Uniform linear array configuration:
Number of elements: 48
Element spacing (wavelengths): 0.5
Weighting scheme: uniform
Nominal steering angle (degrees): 0
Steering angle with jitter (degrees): -0.7885
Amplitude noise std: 0.05
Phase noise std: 0.05

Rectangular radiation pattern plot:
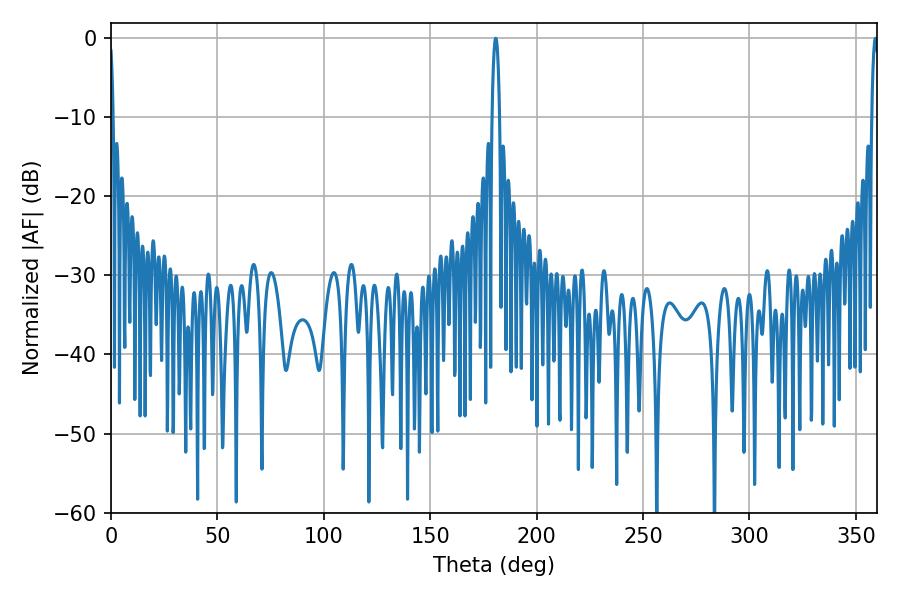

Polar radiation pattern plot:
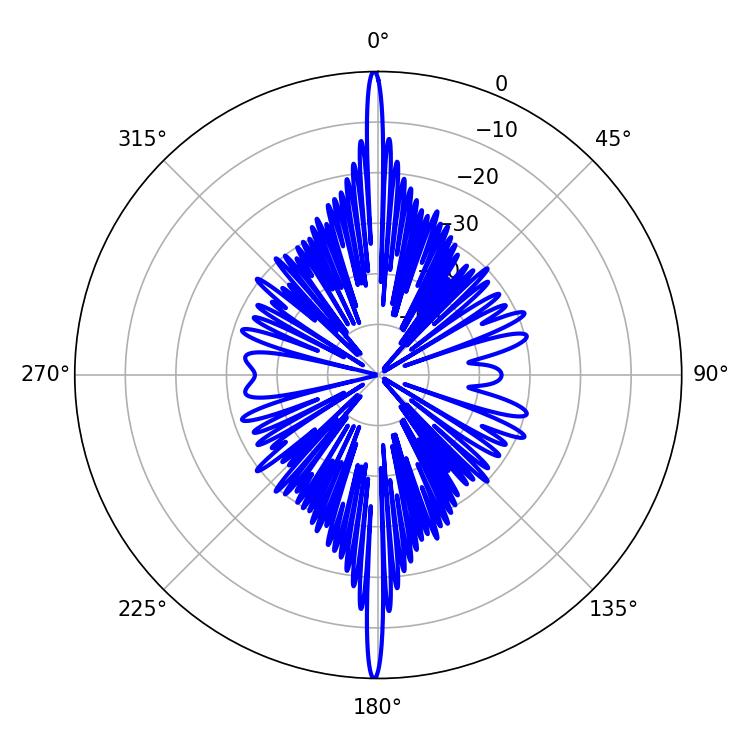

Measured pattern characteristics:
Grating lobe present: FALSE
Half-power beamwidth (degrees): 1.98
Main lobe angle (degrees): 180.72